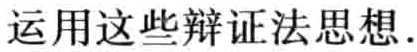
运用这些辩证法思想.